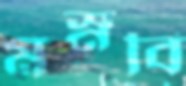
মস্নবি